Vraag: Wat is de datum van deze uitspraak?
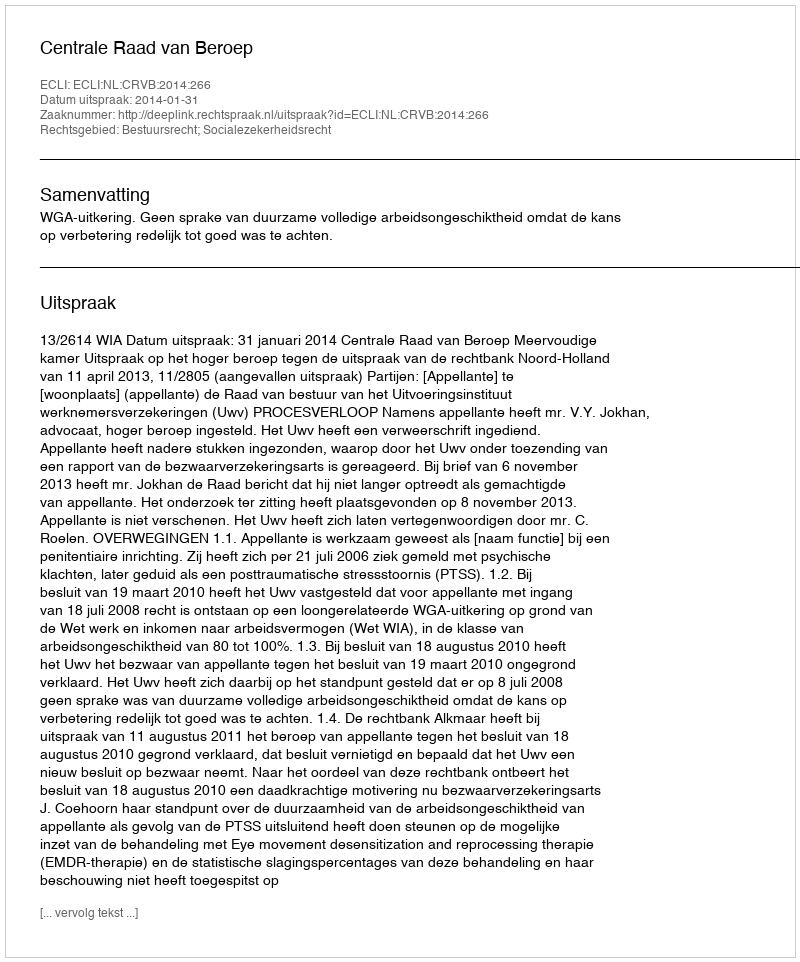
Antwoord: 2014-01-31